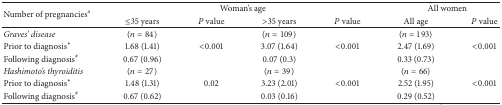
<table><thead><tr><td rowspan="2"><b>Number of pregnancies<sup>a</sup></b></td><td colspan="4"><b>Woman&#x27;s age</b></td><td colspan="2"><b>All women</b></td></tr><tr><td><b>≤35 years </b></td><td><b><i>P</i> value</b></td><td><b>&gt;35 years</b></td><td><b><i>P</i> value</b></td><td><b>All age </b></td><td><b><i>P</i> value</b></td></tr></thead><tbody><tr><td><i>Graves&#x27; disease </i></td><td>(<i>n</i> = 84)</td><td> </td><td>(<i>n</i> = 109)</td><td> </td><td>(<i>n</i> = 193)</td><td> </td></tr><tr><td>Prior to diagnosis*</td><td>1.68 (1.41)</td><td>&lt;0.001</td><td>3.07 (1.64)</td><td>&lt;0.001</td><td>2.47 (1.69)</td><td>&lt;0.001</td></tr><tr><td>Following diagnosis<sup>#</sup></td><td>0.67 (0.96)</td><td> </td><td>0.07 (0.3)</td><td> </td><td>0.33 (0.73)</td><td> </td></tr><tr><td><i>Hashimoto&#x27;s thyroiditis </i></td><td>(<i>n</i> = 27)</td><td> </td><td>(<i>n</i> = 39)</td><td> </td><td>(<i>n</i> = 66)</td><td> </td></tr><tr><td>Prior to diagnosis*</td><td>1.48 (1.31)</td><td>0.02</td><td>3.23 (2.01)</td><td>&lt;0.001</td><td>2.52 (1.95)</td><td>&lt;0.001</td></tr><tr><td>Following diagnosis<sup>#</sup></td><td>0.67 (0.62)</td><td> </td><td>0.03 (0.16)</td><td> </td><td>0.29 (0.52)</td><td> </td></tr></tbody></table>